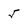
Character: 5